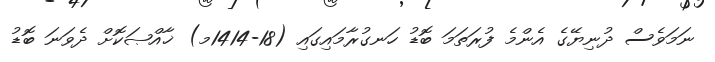
ނަމަވެސް ދުނިޔޭގެ އެންމެ ފުރަތަމަ ބޮޑު ހަނގުރާމައިގައި (18-1414މ) ޚާއްޞަކޮށް ދެވަނަ ބޮޑު